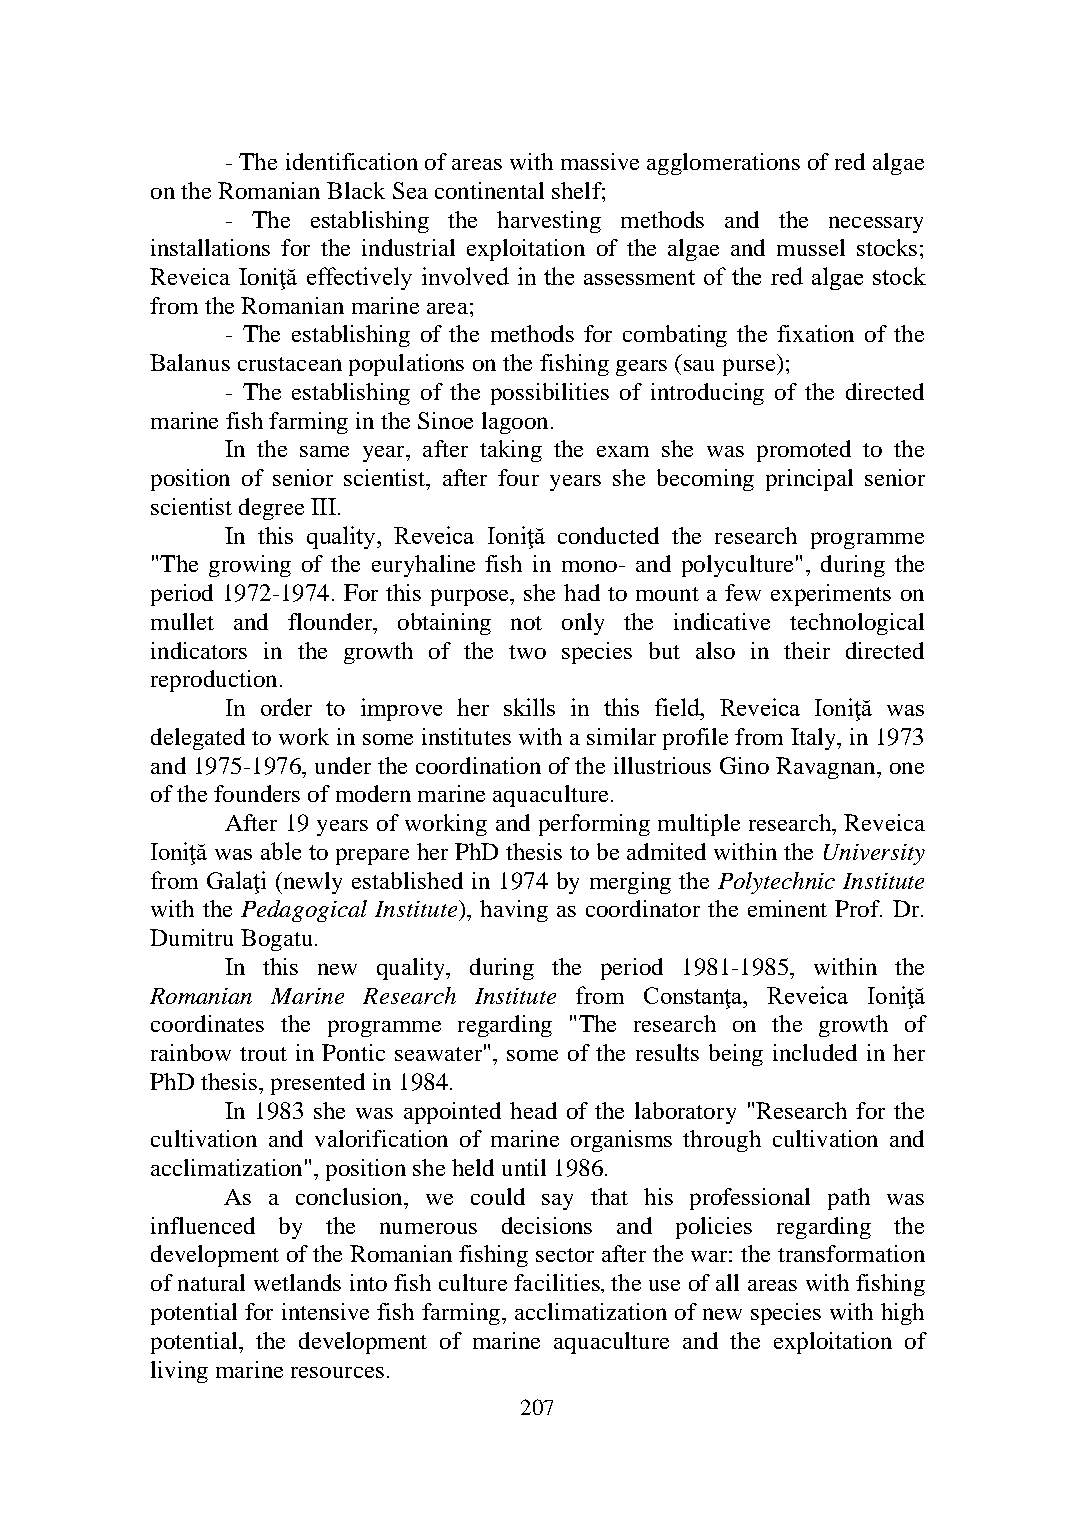
- The identification of areas with massive agglomerations of red algae
 on the Romanian Black Sea continental shelf;
 - The establishing the harvesting methods and the necessary
 installations for the industrial exploitation of the algae and mussel stocks;
 Reveica Ioniţă effectively involved in the assessment of the red algae stock
 from the Romanian marine area;
 - The establishing of the methods for combating the fixation of the
 Balanus crustacean populations on the fishing gears (sau purse);
 - The establishing of the possibilities of introducing of the directed
 marine fish farming in the Sinoe lagoon.
 In the same year, after taking the exam she was promoted to the
 position of senior scientist, after four years she becoming principal senior
 scientist degree III.
 In this quality, Reveica Ioniţă conducted the research programme
 "The growing of the euryhaline fish in mono- and polyculture", during the
 period 1972-1974. For this purpose, she had to mount a few experiments on
 mullet and flounder, obtaining not only the indicative technological
 indicators in the growth of the two species but also in their directed
 reproduction.
 In order to improve her skills in this field, Reveica Ioniţă was
 delegated to work in some institutes with a similar profile from Italy, in 1973
 and 1975-1976, under the coordination of the illustrious Gino Ravagnan, one
 of the founders of modern marine aquaculture.
 After 19 years of working and performing multiple research, Reveica
 Ioniţă was able to prepare her PhD thesis to be admited within the University
 from Galaţi (newly established in 1974 by merging the Polytechnic Institute
 with the Pedagogical Institute), having as coordinator the eminent Prof. Dr.
 Dumitru Bogatu.
 In this new quality, during the period 1981-1985, within the
 Romanian Marine Research Institute from Constanţa, Reveica Ioniţă
 coordinates the programme regarding "The research on the growth of
 rainbow trout in Pontic seawater", some of the results being included in her
 PhD thesis, presented in 1984.
 In 1983 she was appointed head of the laboratory "Research for the
 cultivation and valorification of marine organisms through cultivation and
 acclimatization", position she held until 1986.
 As a conclusion, we could say that his professional path was
 influenced by the numerous decisions and policies regarding the
 development of the Romanian fishing sector after the war: the transformation
 of natural wetlands into fish culture facilities, the use of all areas with fishing
 potential for intensive fish farming, acclimatization of new species with high
 potential, the development of marine aquaculture and the exploitation of
 living marine resources.
 207